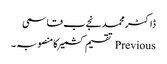
ڈاکٹر محمد نجےب قاسمی
Previous تقسیم کشمیرکامنصوبہ ۔